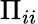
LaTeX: \Pi_{ii}